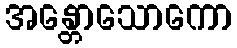
အန္တောသောကော